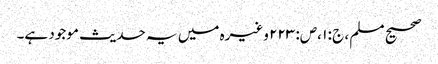
صحیح مسلم ، ج : ۱ ،ص: ۲۲۳ وغیرہ میں یہ حدیث موجود ہے۔